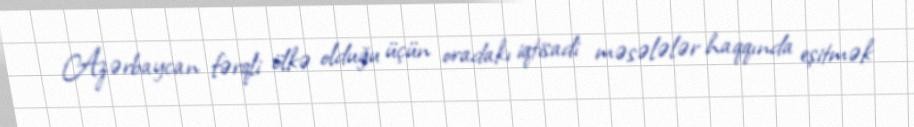
Azərbaycan fərqli ölkə olduğu üçün oradakı iqtisadi məsələlər haqqında eşitmək